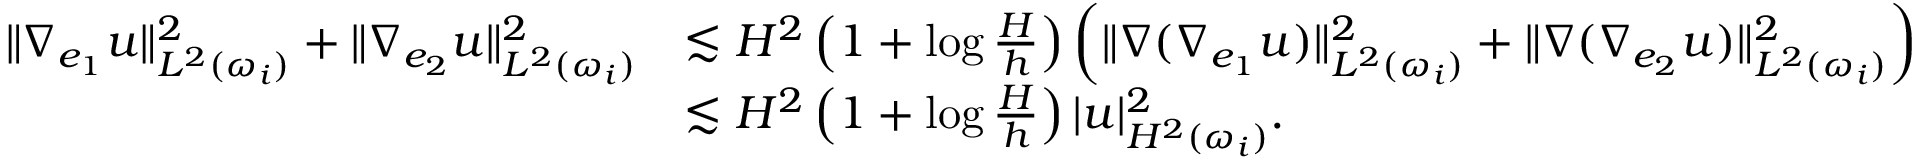
\begin{array} { r l } { \| \nabla _ { e _ { 1 } } u \| _ { L ^ { 2 } ( \omega _ { i } ) } ^ { 2 } + \| \nabla _ { e _ { 2 } } u \| _ { L ^ { 2 } ( \omega _ { i } ) } ^ { 2 } } & { \lesssim H ^ { 2 } \left( 1 + \log \frac { H } { h } \right) \left( \| \nabla ( \nabla _ { e _ { 1 } } u ) \| _ { L ^ { 2 } ( \omega _ { i } ) } ^ { 2 } + \| \nabla ( \nabla _ { e _ { 2 } } u ) \| _ { L ^ { 2 } ( \omega _ { i } ) } ^ { 2 } \right) } \\ & { \lesssim H ^ { 2 } \left( 1 + \log \frac { H } { h } \right) | u | _ { H ^ { 2 } ( \omega _ { i } ) } ^ { 2 } . } \end{array}